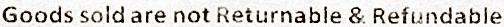
GOODS SOLD ARE NOT RETURNABLE & REFUNDABLE